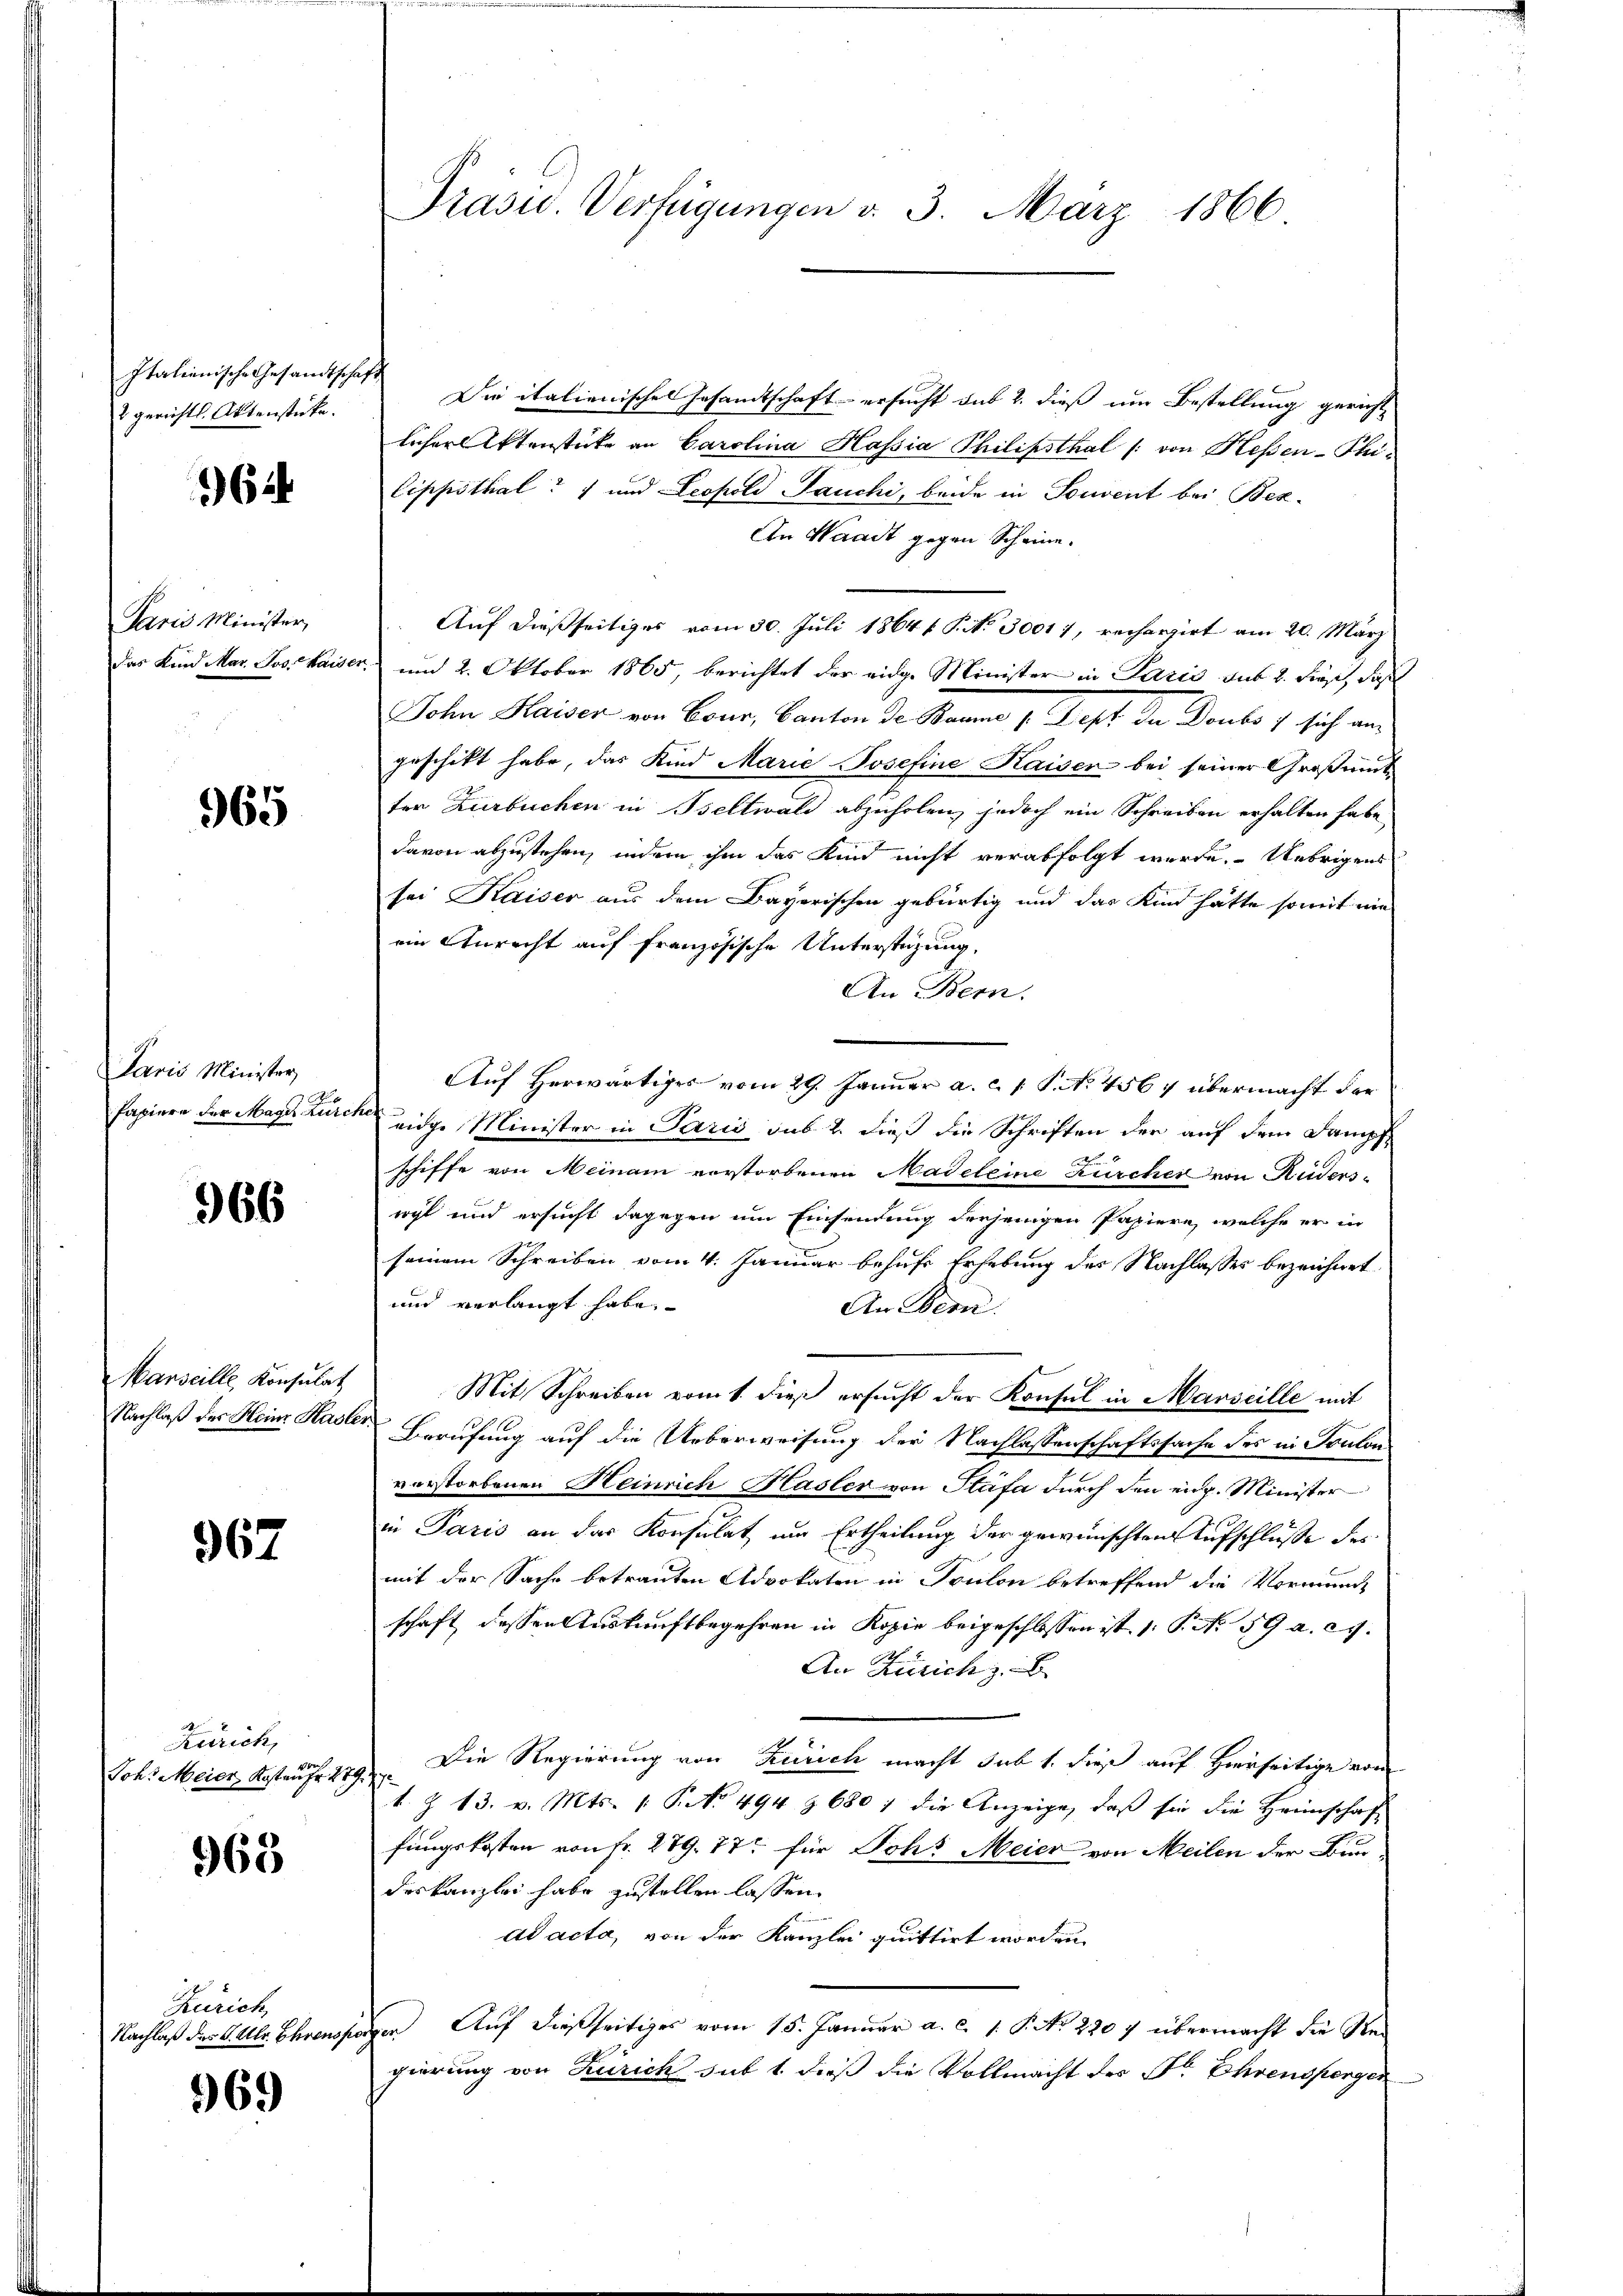
Italienische Gesandtschaft
2 gerichtl. Aktenstücke.

64

Paris Minister,
Das Kind Mar. Jos. Kaise

965

Paris Minister
Papiere der Mager Turcs

966

Marseille Konsulat
Nachlaß des Heine Hasle.

967

Zürich,
Joh. Meier Kosten

968

Zürich
Nachlaß des S. Ulr. Ehrensp

969

Präsid.. Verfügungen v. 3. März 1866

Die italienischen Gesandtschaft ersucht das 2. dieß um Bestellung gericht
licher Aktenstücke an Carolina Hassia Philipsthal /: von Hessen-Phi¬
Coppithal und Leopold Jauchi, beide in Souvent bei Bez¬
An Waadt gegen Scheine.
Auf dießseitiges vom 30. Juli 1864 f. P. No 30017, rechargirt am 20. März
und 2. Oktober 1865, berichtet der eidge Minister in Paris aus 2. dieß, daß
Sohn Kaiser von Bour, Canton Dr. Bauma 1 Zopf de Doubs / sich aus
geschikt habe, das Kind Marie Josefine Kaiser bei seiner Großmut
ter Zurbuchen in Beltwald abzuholen, jedoch ein Schreiben erhalten habe
davon abzustehen, indem ihm das Kind nicht verabfolgt werde. Uebrigens
sei Kaiser aus dem Bayerischen gebürtig und das Kind hätte somit nie
ein Anrecht auf französische Unterstüzung,
An Bern.
Auf Herwärtiges vom 29. Januar a. c. 1 P. No 456 f übermacht der
eidge Minister in Paris sub 2. dieß die Schriften der auf dem Dampf
schiffe von Meinam verstorbenen Madeleine Kircher von Auders-
wyl und ersucht dagegen um Einsendung derjenigen Papiere, welche er in
seinem Schreiben vom 4. Januar behufe Erhebung des Nachlasses bezeichnet
und verlangt habe.
An Bern
Mit Schreiben vom 1. dieß ersŭcht der Konsul in Marseille mit
Berufung auf die Ueberweisung der Nachlassenschaftssache des in Toulon
vorstorbenen Heinrich Hasler von Stäfa durch den eidg. Minister
in Paris an das Konsulat um Ertheilung der gewünschten Aufschlüße des
mit der Sache betrauten Advokaten in Toulon betreffend die Vormund
schaft dessen Auskunftbegehren in Kopie beigeschlossen ist. (S. 59 a. c.
An Zürich z. B.
8
Die Regierung von Zürich macht sub 1. dies auf Hierseitige von
s
k. Z. 13. v. Mts. [No 494 § 680 f die Anzeige, daß sie die Heimschaft
fungskosten von Fr. 279. 87 für Joh. Meier von Meilen der Bundeskanzlei habe zustellen lassen.
ad acta, von der Kanzlei quittirt worden.
en Auf dießseitiges vom 15. Januar a. c. 1. P. No 2207 übermacht die Rei
gierung von Zürich sub 1. dieß die Vollmacht des Sr. Ehrenspergen